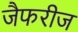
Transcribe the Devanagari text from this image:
जैफरीज